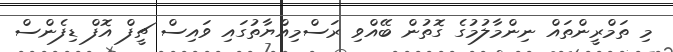
މި ތަމްރީންތައް ނިންމާލުމުގެ ގޮތުން ބޭއްވި ރަސްމިއްޔާތުގައި ވައިސް ޗީފް އޮފް ޑިފެންސް